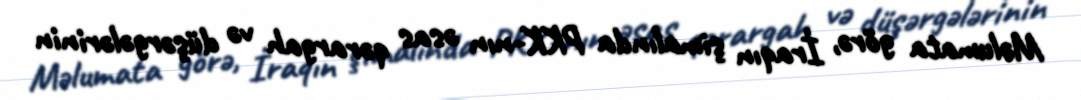
Məlumata görə, İraqın şimalında PKK-nın əsas qərargah və düşərgələrinin